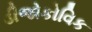
ડીજોકોવિક